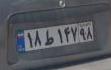
۱۸ط۱۴۷۹۸